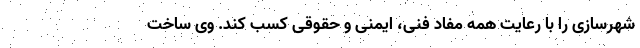
شهرسازی را با رعایت همه مفاد فنی، ایمنی و حقوقی کسب کند. وی ساخت